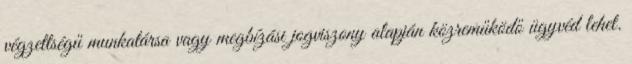
végzettségű munkatársa vagy megbízási jogviszony alapján közreműködő ügyvéd lehet.